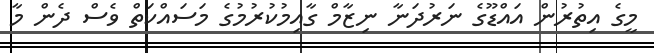
މީގެ އިތުރުން އައްޑޫގެ ނަރުދަނާ ނިޒާމް ގާއިމުކުރުމުގެ މަސައްކަތް ވެސް ދެން މާ